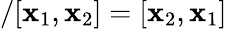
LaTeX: /[\mathbf{x}_{1},\mathbf{x}_{2}]=[\mathbf{x}_{2},\mathbf{x}_{1}]